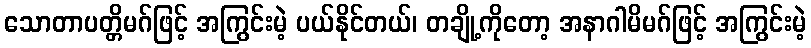
သောတာပတ္တိမဂ်ဖြင့် အကြွင်းမဲ့ ပယ်နိုင်တယ်၊ တချို့ကိုတော့ အနာဂါမိမဂ်ဖြင့် အကြွင်းမဲ့